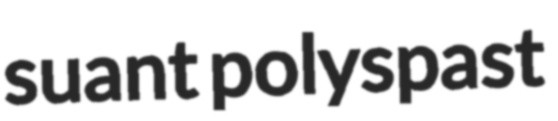
suant polyspast